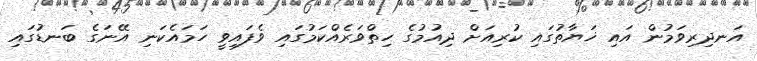
އަނދިރިވަމުން އައި ޚަޔާތުގައި ކުރިއަށް ދިއުމުގެ ހިތްވަރެއްކަމުގައި ވެފައިވީ ހަމައެކަނި އޭނަގެ ބަނޑުގައި